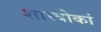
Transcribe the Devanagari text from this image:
शास्त्रोकां